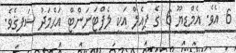
6 އެވެ. އެމްޑީޔޫ 6 ގެ ޕީއެލް އަކީ ލެފްޓަނަންޓް އަޙްމަދު ޝަފީޤެވެ.